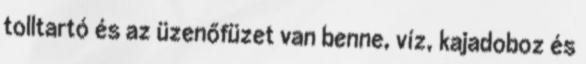
tolltartó és az üzenőfüzet van benne, víz, kajadoboz és